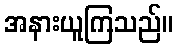
အနားယူကြသည်။